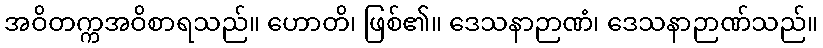
အဝိတက္ကအဝိစာရသည်။ ဟောတိ၊ ဖြစ်၏။ ဒေသနာဉာဏံ၊ ဒေသနာဉာဏ်သည်။